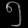
Digit: ၅